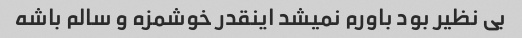
بی‌ نظیر بود باورم‌ نمیشد‌ اینقدر خوشمزه و سالم باشه